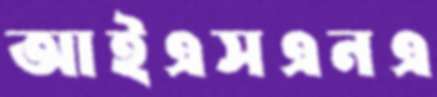
আইএসএনএ